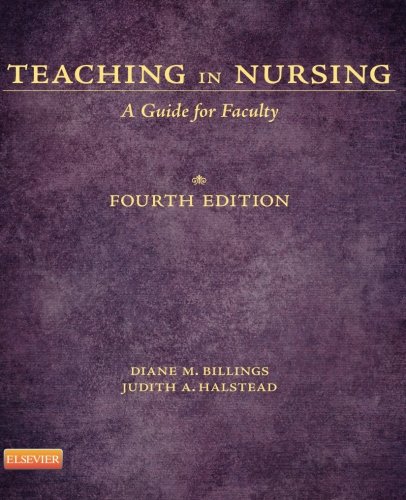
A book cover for Teaching in Nursing: A Guide for Faculty, 4th Edition; Test Preparation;